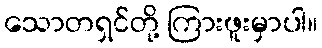
သောတရှင်တို့ ကြားဖူးမှာပါ။